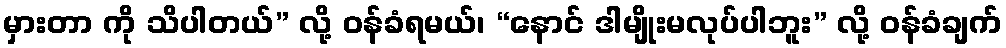
မှားတာ ကို သိပါတယ်” လို့ ဝန်ခံရမယ်၊ “နောင် ဒါမျိုးမလုပ်ပါဘူး” လို့ ဝန်ခံချက်